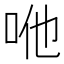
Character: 咃